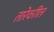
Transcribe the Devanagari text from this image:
तारेवरील